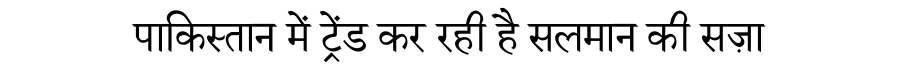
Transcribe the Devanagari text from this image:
पाकिस्तान में ट्रेंड कर रही है सलमान की सज़ा